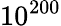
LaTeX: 10^{200}